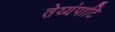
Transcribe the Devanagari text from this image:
तेय्यंपाटि